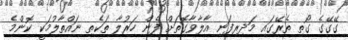
ގޭގޭގެ ގޯތި ތެރޭގައި މަދިރިފަނި އާލާވާގޮތަށް ފެން ހަރުލާ ތަކެތި ނައްތާލުމަކީ ކޮންމެ